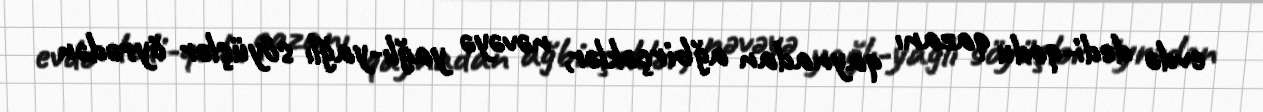
evdə dedi-qodu qazanı qaynadan ağbirçəklər, nəvəyə yağlı-yağlı söyüşlər öyrədən